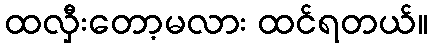
ထလှီးတော့မလား ထင်ရတယ်။